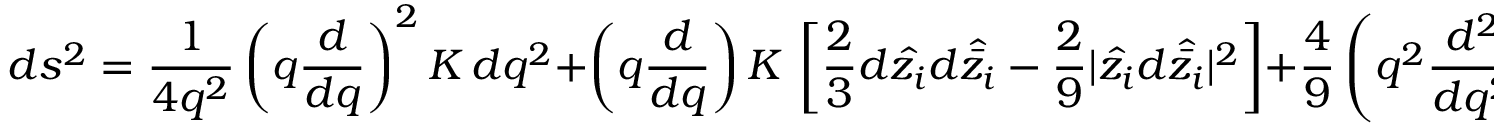
d s ^ { 2 } = { \frac { 1 } { 4 q ^ { 2 } } } \left( q { \frac { d } { d q } } \right) ^ { 2 } K \, d q ^ { 2 } + \left( q { \frac { d } { d q } } \right) K \, \left[ { \frac { 2 } { 3 } } d \hat { z _ { i } } d \hat { \bar { z _ { i } } } - { \frac { 2 } { 9 } } | \hat { z _ { i } } d \hat { \bar { z _ { i } } } | ^ { 2 } \right] + { \frac { 4 } { 9 } } \left( q ^ { 2 } { \frac { d ^ { 2 } } { d q ^ { 2 } } } \right) K \, | \hat { z _ { i } } d \hat { \bar { z _ { i } } } | ^ { 2 } .